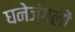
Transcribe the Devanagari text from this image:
घनेजंगलों